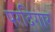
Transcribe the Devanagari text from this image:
परदिगार